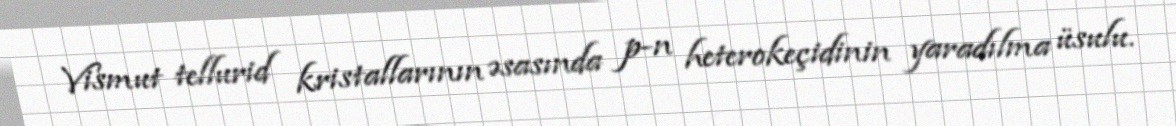
Vismut tellurid kristallarının əsasında p-n heterokeçidinin yaradılma üsulu.